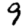
Digit: 9